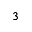
^ 3